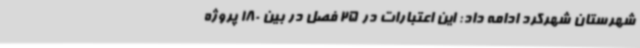
شهرستان شهرکرد ادامه داد: این اعتبارات در 25 فصل در بین 180 پروژه